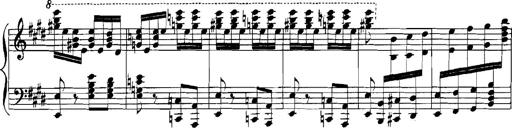
Title: Rhapsodies hongroises
Composer: Franz Liszt